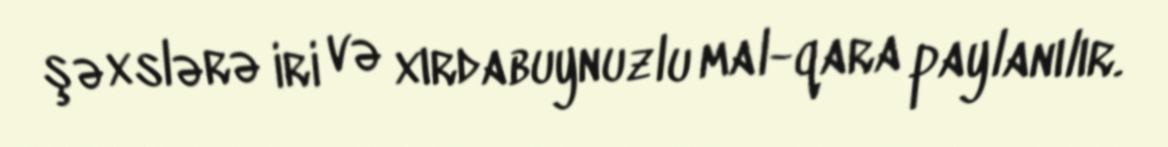
şəxslərə iri və xırdabuynuzlu mal-qara paylanılır.